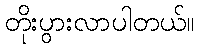
တိုးပွားလာပါတယ်။